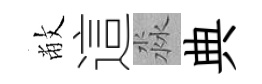
敝這淼典